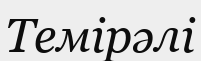
Темірәлі